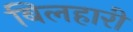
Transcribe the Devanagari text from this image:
बिलहारी